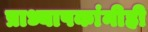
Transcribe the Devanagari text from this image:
प्राध्यापकांनीही